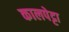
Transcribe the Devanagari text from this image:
कालपेट्टा